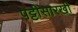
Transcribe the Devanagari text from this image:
पट्टीसारखी